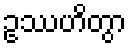
ဥဿဟိတွာ